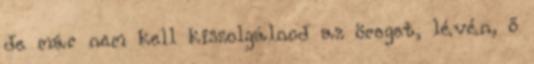
de már nem kell kiszolgálnod az öreget, lévén, ő